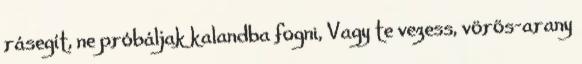
rásegít, ne próbáljak kalandba fogni, Vagy te vezess, vörös-arany